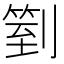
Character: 𠟅